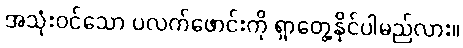
အသုံးဝင်သော ပလက်ဖောင်းကို ရှာတွေ့နိုင်ပါမည်လား။